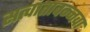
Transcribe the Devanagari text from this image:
सत्वातावन्नवा